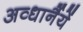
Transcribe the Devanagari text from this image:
अव्धार्नैयें